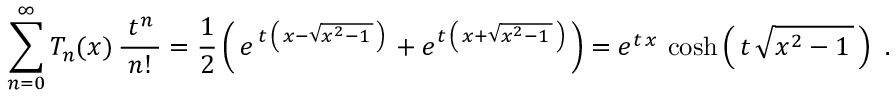
\sum _ { n = 0 } ^ { \infty } T _ { n } ( x ) \, { \frac { \; t ^ { n } \, } { n ! } } = { \frac { 1 } { 2 } } \left( \, e ^ { \, t \, \left( \, x - { \sqrt { x ^ { 2 } - 1 \, } } \, \right) \, } + e ^ { t \, \left( \, x + { \sqrt { x ^ { 2 } - 1 \, } } \, \right) } \, \right) = e ^ { t \, x } \, \cosh \left( \, t \, { \sqrt { x ^ { 2 } - 1 \, } } \, \right) ~ .